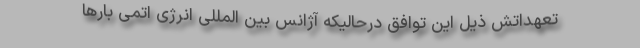
تعهداتش ذیل این توافق درحالیکه آژانس بین المللی انرژی اتمی بار‌ها